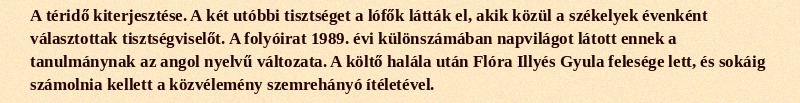
A téridő kiterjesztése. A két utóbbi tisztséget a lófők látták el, akik közül a székelyek évenként választottak tisztségviselőt. A folyóirat 1989. évi különszámában napvilágot látott ennek a tanulmánynak az angol nyelvű változata. A költő halála után Flóra Illyés Gyula felesége lett, és sokáig számolnia kellett a közvélemény szemrehányó ítéletével.